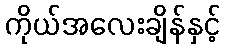
ကိုယ်အလေးချိန်နှင့်